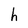
Character: h